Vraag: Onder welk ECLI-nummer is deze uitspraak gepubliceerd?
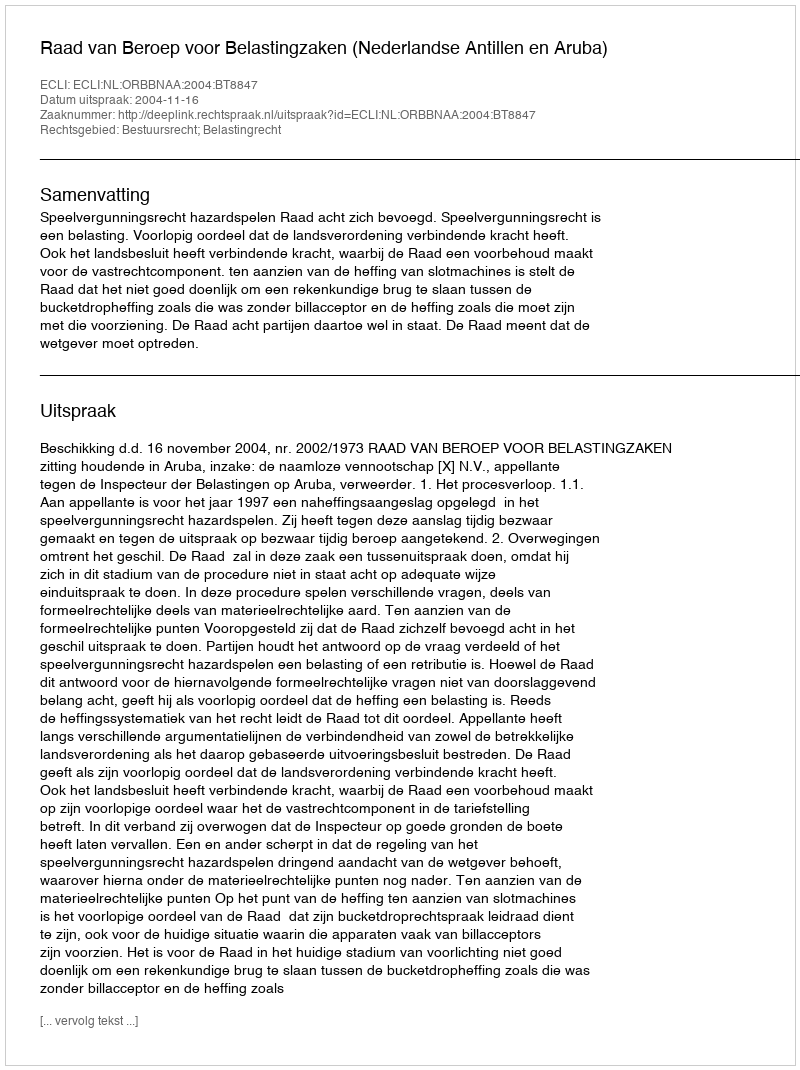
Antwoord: ECLI:NL:ORBBNAA:2004:BT8847